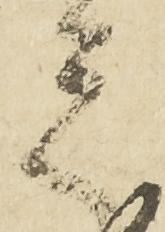
者